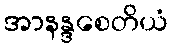
အာနန္ဒစေတိယံ